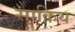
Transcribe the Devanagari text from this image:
साक़िय